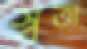
স্বত্তা